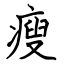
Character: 瘦